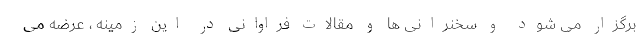
برگزار می شود و سخنرانی ها و مقالات فراوانی در این زمینه ، عرضه می